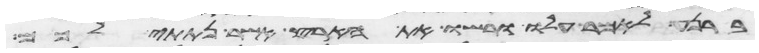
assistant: ברנע לאמר עלו ורשו את הארץ אשר נתתי לכם